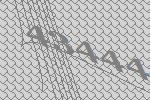
43444